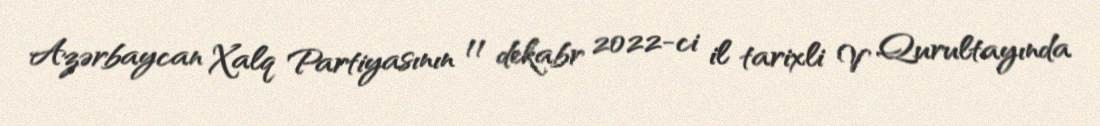
Azərbaycan Xalq Partiyasının 11 dekabr 2022-ci il tarixli V Qurultayında